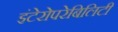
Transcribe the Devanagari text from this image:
इंटेरोपरेबिलिटी